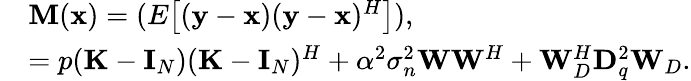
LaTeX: \begin{array}{rl}&{\mathbf{M}(\mathbf{x})=(E\big[(\mathbf{y}-\mathbf{x})(\mathbf{y}-\mathbf{x})^{H}\big]),}\\ &{=p(\mathbf{K}-\mathbf{I}_{N})(\mathbf{K}-\mathbf{I}_{N})^{H}+\alpha^{2}\sigma_{n}^{2}\mathbf{W}\mathbf{W}^{H}+\mathbf{W}_{D}^{H}\mathbf{D}_{q}^{2}\mathbf{W}_{D}.}\end{array}